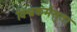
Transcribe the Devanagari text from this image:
विश्वकर्मसुता